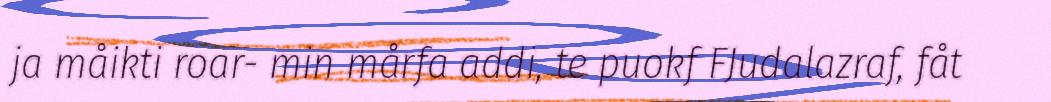
ja måikti roar- min mårfa addi, te puokf FJudalazraf, fåt